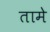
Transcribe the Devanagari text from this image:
तामे